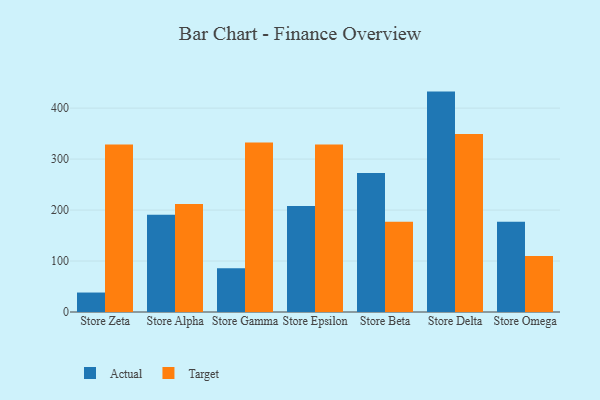
{"axis": {"x": "Store", "y": "Inventory Turnover"}, "legend": ["Actual", "Target"], "data": [{"x": "Store Zeta", "y": 38.2, "type": "Actual"}, {"x": "Store Zeta", "y": 328.8, "type": "Target"}, {"x": "Store Alpha", "y": 191.0, "type": "Actual"}, {"x": "Store Alpha", "y": 212.1, "type": "Target"}, {"x": "Store Gamma", "y": 85.8, "type": "Actual"}, {"x": "Store Gamma", "y": 332.4, "type": "Target"}, {"x": "Store Epsilon", "y": 207.9, "type": "Actual"}, {"x": "Store Epsilon", "y": 328.5, "type": "Target"}, {"x": "Store Beta", "y": 272.5, "type": "Actual"}, {"x": "Store Beta", "y": 177.1, "type": "Target"}, {"x": "Store Delta", "y": 432.4, "type": "Actual"}, {"x": "Store Delta", "y": 349.1, "type": "Target"}, {"x": "Store Omega", "y": 177.0, "type": "Actual"}, {"x": "Store Omega", "y": 110.1, "type": "Target"}]}